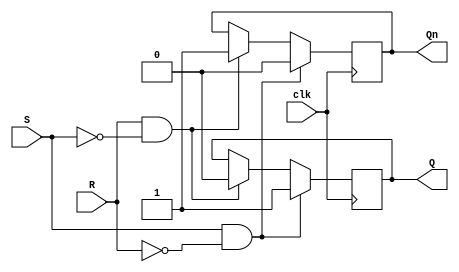
module sr_flipflop (
    input S, // Set input
    input R, // Reset input
    input clk, // Clock input
    output reg Q, // Q output
    output reg Qn // Q' output
);

always @(posedge clk) begin
    if (S && !R) begin
        Q <= 1;
        Qn <= 0;
    end else if (R && !S) begin
        Q <= 0;
        Qn <= 1;
    end
end

endmodule